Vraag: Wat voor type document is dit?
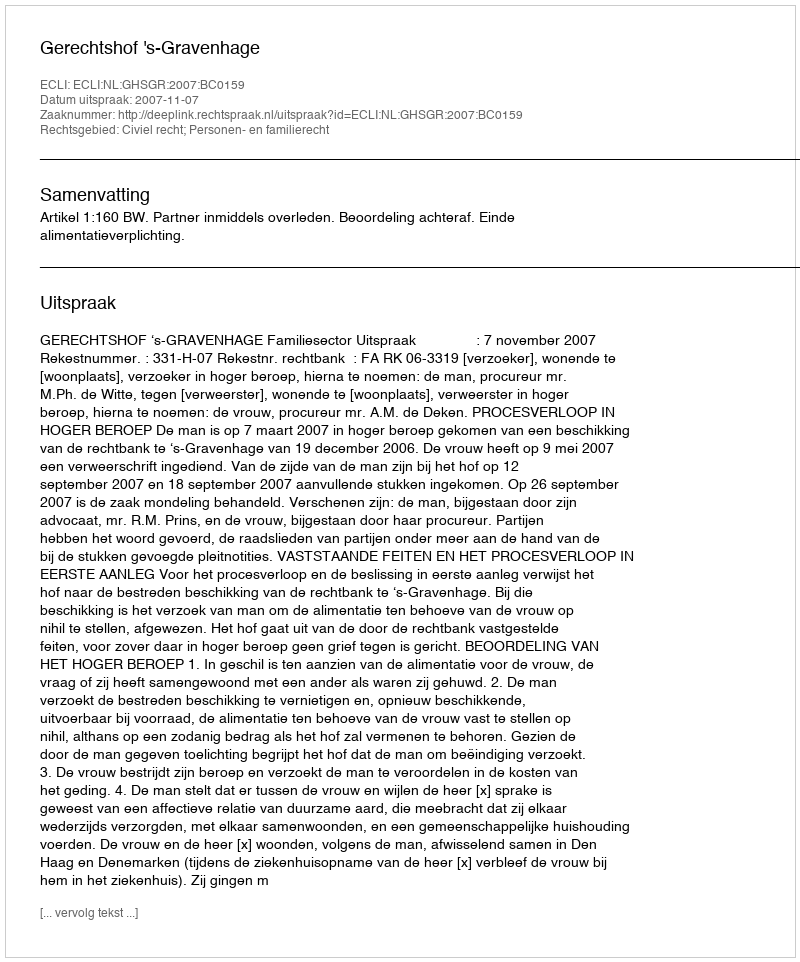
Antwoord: Uitspraak